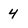
Character: 4